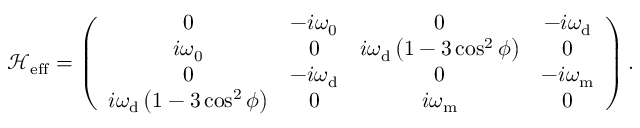
\mathcal { H } _ { \mathrm { { e f f } } } = \left( \begin{array} { c c c c } { 0 } & { - i \omega _ { \mathrm { 0 } } } & { 0 } & { - i \omega _ { \mathrm { d } } } \\ { i \omega _ { \mathrm { 0 } } } & { 0 } & { i \omega _ { \mathrm { d } } \left( 1 - 3 \cos ^ { 2 } \phi \right) } & { 0 } \\ { 0 } & { - i \omega _ { \mathrm { d } } } & { 0 } & { - i { \omega } _ { \mathrm { m } } } \\ { i \omega _ { \mathrm { d } } \left( 1 - 3 \cos ^ { 2 } \phi \right) } & { 0 } & { i { \omega } _ { \mathrm { m } } } & { 0 } \end{array} \right) .